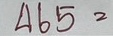
465 =